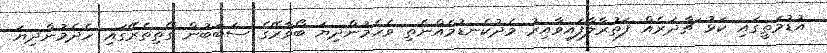
އުޑުމަތީގައި ކަޅު ޗާދަރެއް ފަތުރާލާފައިވާއިރު މެދުކެނޑުމެއްނެތި ވެހެމުންދިޔަ ބޯވާރޭގެ ސަބަބުން ގޯތިތެރޭގައި ހެދެމުންދިޔަ